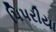
પિપરીયા